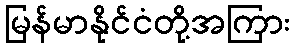
မြန်မာနိုင်ငံတို့အကြား